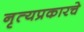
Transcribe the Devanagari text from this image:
नृत्यप्रकारचे